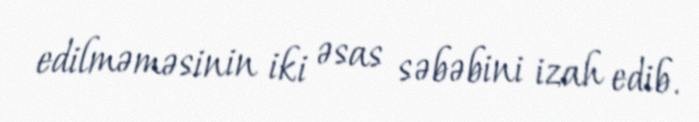
edilməməsinin iki əsas səbəbini izah edib.